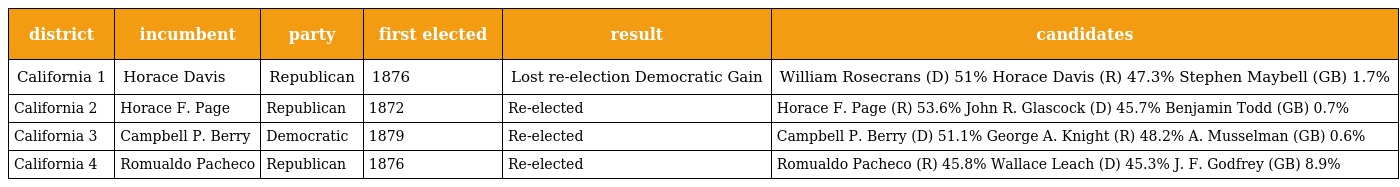
| district | incumbent | party | first elected | result | candidates |
 | --- | --- | --- | --- | --- | --- |
 | California 1 | Horace Davis | Republican | 1876 | Lost re-election Democratic Gain | William Rosecrans (D) 51% Horace Davis (R) 47.3% Stephen Maybell (GB) 1.7% |
 | California 2 | Horace F. Page | Republican | 1872 | Re-elected | Horace F. Page (R) 53.6% John R. Glascock (D) 45.7% Benjamin Todd (GB) 0.7% |
 | California 3 | Campbell P. Berry | Democratic | 1879 | Re-elected | Campbell P. Berry (D) 51.1% George A. Knight (R) 48.2% A. Musselman (GB) 0.6% |
 | California 4 | Romualdo Pacheco | Republican | 1876 | Re-elected | Romualdo Pacheco (R) 45.8% Wallace Leach (D) 45.3% J. F. Godfrey (GB) 8.9% |